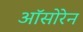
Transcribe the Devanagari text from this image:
ऑसोरेन